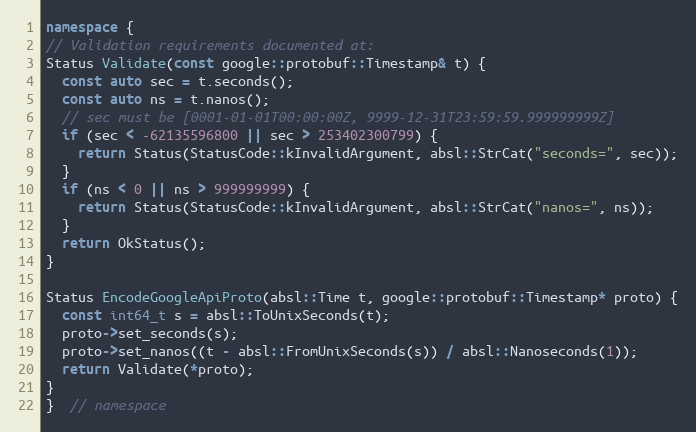
Language: C++
namespace {
// Validation requirements documented at:
Status Validate(const google::protobuf::Timestamp& t) {
  const auto sec = t.seconds();
  const auto ns = t.nanos();
  // sec must be [0001-01-01T00:00:00Z, 9999-12-31T23:59:59.999999999Z]
  if (sec < -62135596800 || sec > 253402300799) {
    return Status(StatusCode::kInvalidArgument, absl::StrCat("seconds=", sec));
  }
  if (ns < 0 || ns > 999999999) {
    return Status(StatusCode::kInvalidArgument, absl::StrCat("nanos=", ns));
  }
  return OkStatus();
}

Status EncodeGoogleApiProto(absl::Time t, google::protobuf::Timestamp* proto) {
  const int64_t s = absl::ToUnixSeconds(t);
  proto->set_seconds(s);
  proto->set_nanos((t - absl::FromUnixSeconds(s)) / absl::Nanoseconds(1));
  return Validate(*proto);
}
}  // namespace